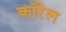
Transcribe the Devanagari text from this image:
कॉरेल